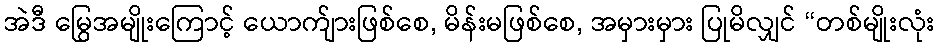
အဲဒီ မြွေအမျိုးကြောင့် ယောက်ျားဖြစ်စေ, မိန်းမဖြစ်စေ, အမှားမှား ပြုမိလျှင် “တစ်မျိုးလုံး